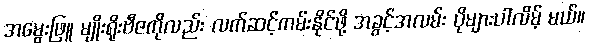
အမွေးဖြူ မျိုးရိုးဗီဇကိုလည်း လက်ဆင့်ကမ်းနိုင်ဖို့ အခွင့်အလမ်း ပိုများပါလိမ့် မယ်။